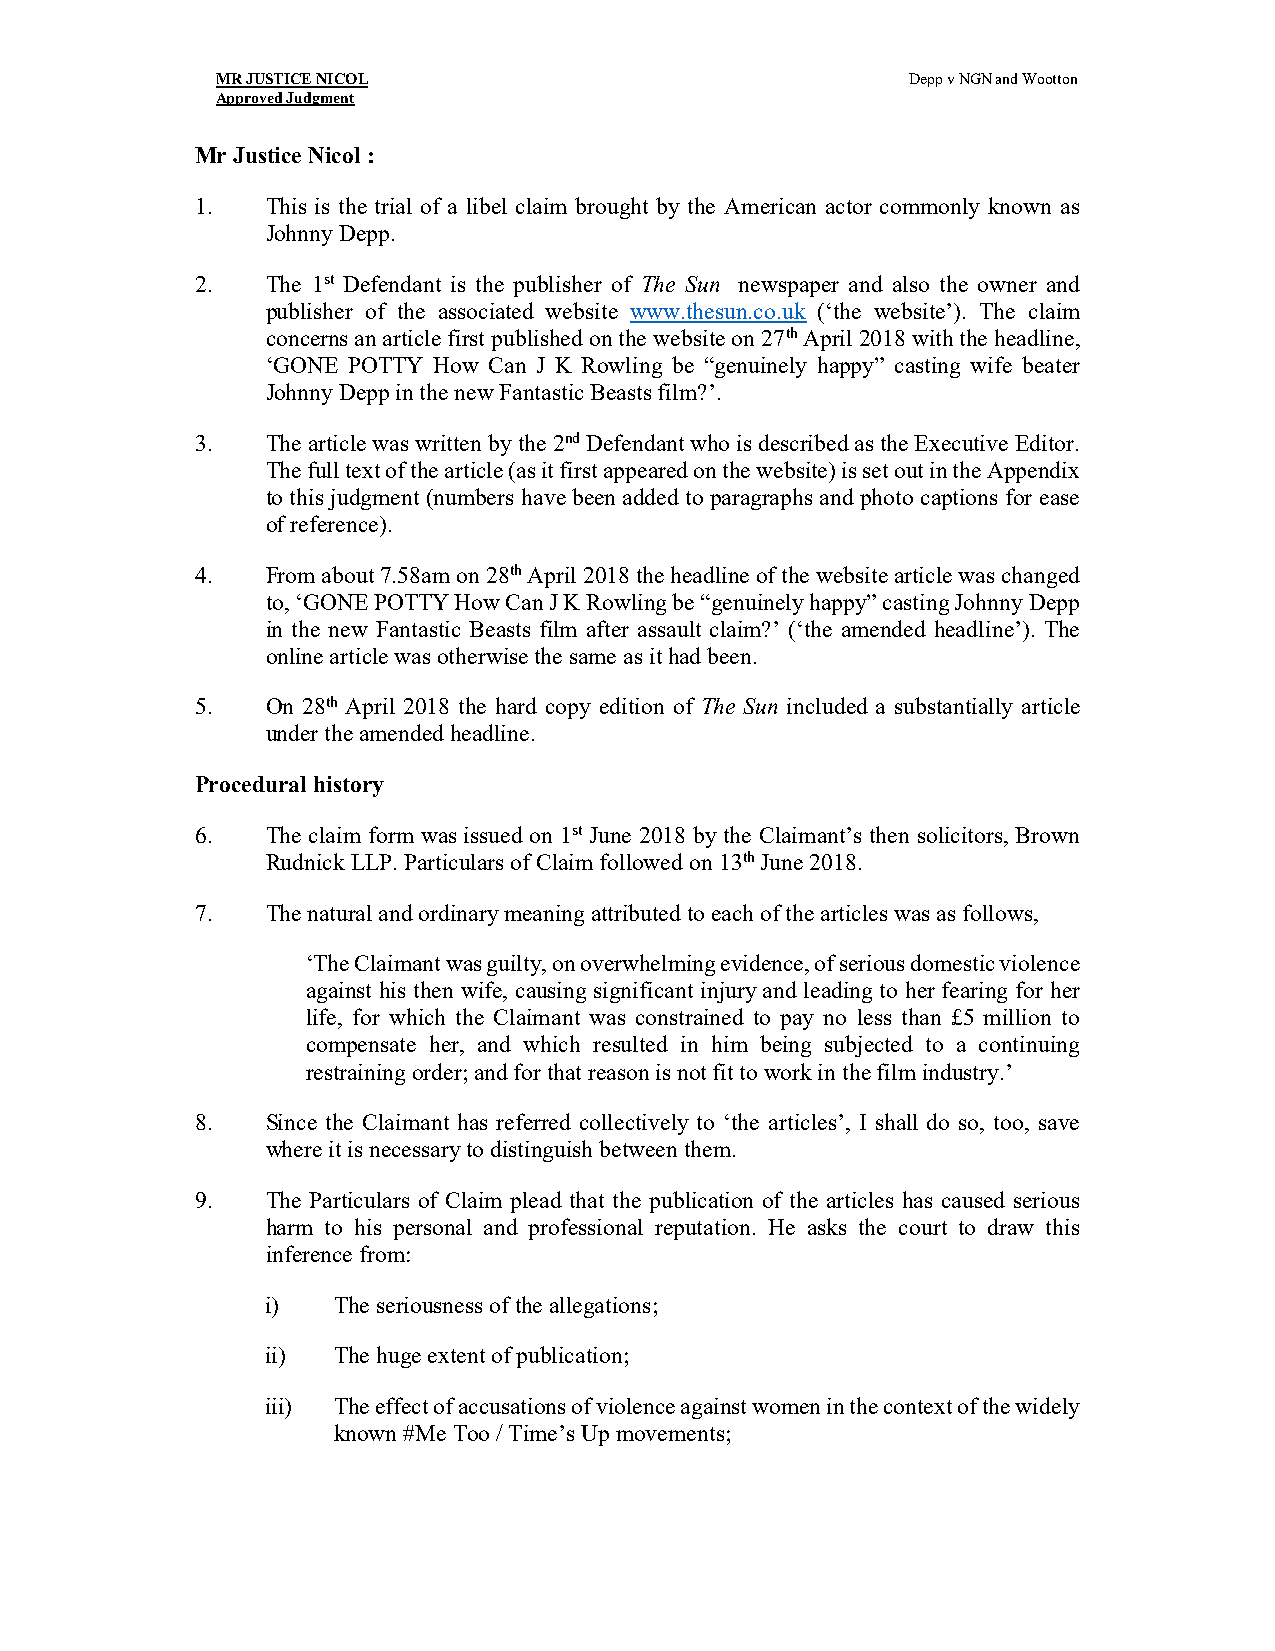
MR JUSTICE NICOL                              Depp v NGN and Wootton
 Approved Judgment
 Mr Justice Nicol :
 1.   This is the trial of a libel claim brought by the American actor commonly known as
 Johnny Depp.
 2.   The 1st Defendant is the publisher of The Sun newspaper and also the owner and
 publisher of the associated website www.thesun.co.uk (‘the website’). The claim
 concerns an article first published on the website on 27th April 2018 with the headline,
 ‘GONE POTTY How Can J K Rowling be “genuinely happy” casting wife beater
 Johnny Depp in the new Fantastic Beasts film?’.
 3.   The article was written by the 2nd Defendant who is described as the Executive Editor.
 The full text of the article (as it first appeared on the website) is set out in the Appendix
 to this judgment (numbers have been added to paragraphs and photo captions for ease
 of reference).
 4.   From about 7.58am on 28th April 2018 the headline of the website article was changed
 to, ‘GONE POTTY How Can J K Rowling be “genuinely happy” casting Johnny Depp
 in the new Fantastic Beasts film after assault claim?’ (‘the amended headline’). The
 online article was otherwise the same as it had been.
 5.   On 28th April 2018 the hard copy edition of The Sun included a substantially article
 under the amended headline.
 Procedural history
 6.   The claim form was issued on 1st June 2018 by the Claimant’s then solicitors, Brown
 Rudnick LLP. Particulars of Claim followed on 13th June 2018.
 7.   The natural and ordinary meaning attributed to each of the articles was as follows,
 ‘The Claimant was guilty, on overwhelming evidence, of serious domestic violence
 against his then wife, causing significant injury and leading to her fearing for her
 life, for which the Claimant was constrained to pay no less than £5 million to
 compensate her, and which resulted in him being subjected to a continuing
 restraining order; and for that reason is not fit to work in the film industry.’
 8.   Since the Claimant has referred collectively to ‘the articles’, I shall do so, too, save
 where it is necessary to distinguish between them.
 9.   The Particulars of Claim plead that the publication of the articles has caused serious
 harm to his personal and professional reputation. He asks the court to draw this
 inference from:
 i)  The seriousness of the allegations;
 ii) The huge extent of publication;
 iii) The effect of accusations of violence against women in the context of the widely
 known #Me Too / Time’s Up movements;